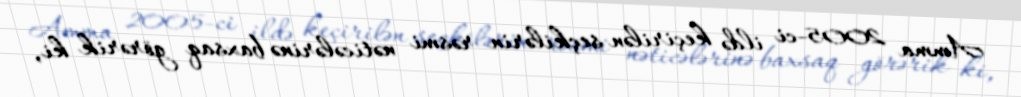
Amma 2005-ci ildə keçirilən seçkilərin rəsmi nəticələrinə baxsaq görərik ki,